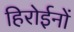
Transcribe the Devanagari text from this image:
हिरोईनों